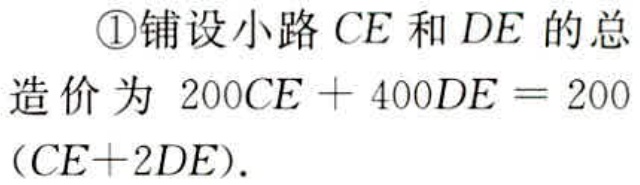
\textcircled{1}铺设小路 \(CE\) 和 \(DE\) 的总

造价为 \(200CE + 400DE = 200\)

\((CE + 2DE)\).